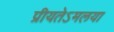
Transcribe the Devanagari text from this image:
प्रीयतेऽमलया